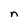
Character: n